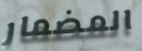
المضمار